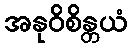
အနုဝိစိန္တယံ